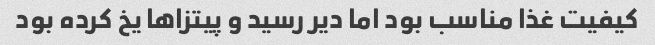
کیفیت غذا مناسب بود اما دیر رسید و پیتزا‌ها یخ کرده بود